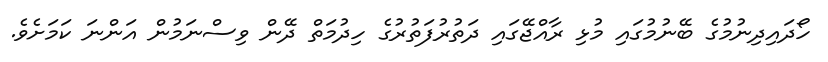
ހޯދައިދިނުމުގެ ބޭނުމުގައި މުޅި ރާއްޖޭގައި ދަތުރުފަތުރުގެ ހިދުމަތް ދޭން ވިސްނަމުން އަންނަ ކަމަށެވެ.